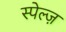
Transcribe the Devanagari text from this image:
स्पेल्ज़